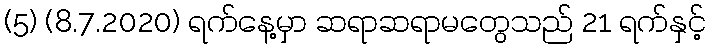
(5) (8.7.2020) ရက်နေ့မှာ ဆရာဆရာမတွေသည် 21 ရက်နှင့်